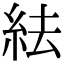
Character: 紶